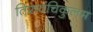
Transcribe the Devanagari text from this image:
तिरुवंचिकुलम